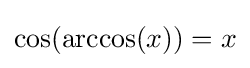
\cos(\arccos(x))=x